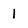
Character: 1